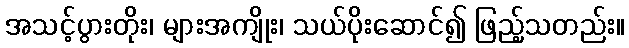
အသင့်ပွားတိုး၊ များအကျိုး၊ သယ်ပိုးဆောင်၍ ဖြည့်သတည်း။